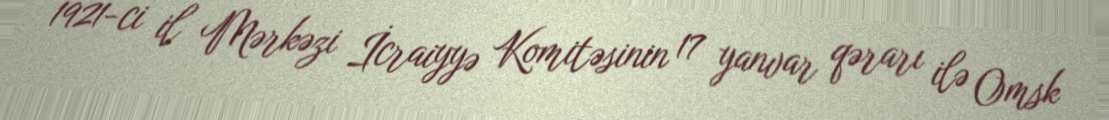
1921-ci il Mərkəzi İcraiyyə Komitəsinin 17 yanvar qərarı ilə Omsk